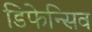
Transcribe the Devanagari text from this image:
डिफेन्सिव